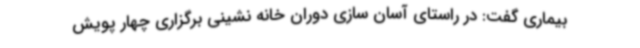
بیماری گفت: در راستای آسان سازی دوران خانه نشینی برگزاری چهار پویش